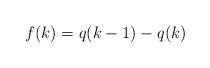
LaTeX: \begin{align*}f(k)=q(k-1)-q(k)\end{align*}